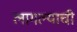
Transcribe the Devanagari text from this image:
लागल्याची